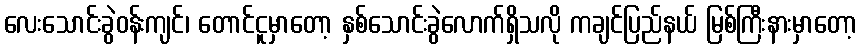
လေးသောင်းခွဲဝန်းကျင်၊ တောင်ငူမှာတော့ နှစ်သောင်းခွဲလောက်ရှိသလို ကချင်ပြည်နယ် မြစ်ကြီးနားမှာတော့